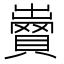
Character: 𧷵